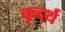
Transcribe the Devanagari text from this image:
कृदर्थ